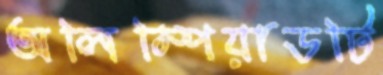
অলিম্পিয়াডটি